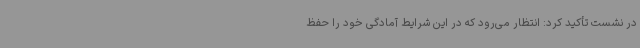
در نشست تأکید کرد: انتظار می‌رود که در این شرایط آمادگی خود را حفظ